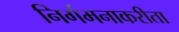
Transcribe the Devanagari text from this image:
निर्गमनाकरीता